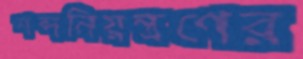
শব্দনিয়ন্ত্রণের